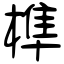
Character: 榫